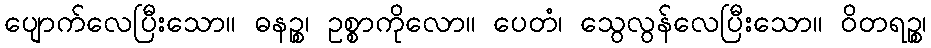
ပျောက်လေပြီးသော။ ဓနဉ္စ၊ ဥစ္စာကိုလော။ ပေတံ၊ သွေလွန်လေပြီးသော။ ဝိတရဉ္စ၊